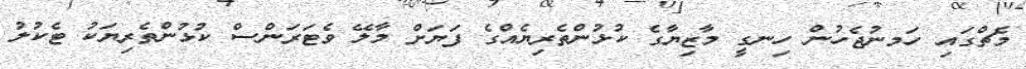
މެޗްގައި ހަމނުޖެހުން ހިނގީ މާޒިޔާގެ ކުޅުންތެރިޔެއްގެ ފަޔަށް މާލޭ ވެޓަރަންސް ކުޅުންތެރިޔަކު ޓެކުލު